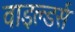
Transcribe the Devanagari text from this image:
वाइल्डर्स